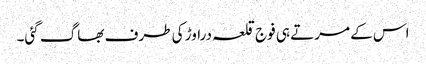
اس کے مرتے ہی فوج قلعہ دراوڑ کی طرف بھاگ گئی۔